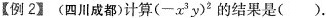
【例2】(四川成都)计算(-x^{3}y)^{2}的结果是（）.